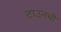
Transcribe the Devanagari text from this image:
टाउनची